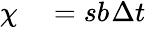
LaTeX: \begin{array}{rl}{\chi}&{{}=s{}b_{}\Delta t{}}\end{array}